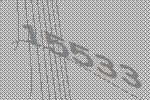
15533